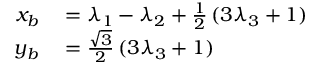
\begin{array} { r l } { x _ { b } } & { { } = \lambda _ { 1 } - \lambda _ { 2 } + \frac { 1 } { 2 } \, ( 3 \lambda _ { 3 } + 1 ) } \\ { y _ { b } } & { { } = \frac { \sqrt { 3 } } { 2 } \, ( 3 \lambda _ { 3 } + 1 ) } \end{array}